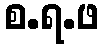
စ.ရ.ဖ